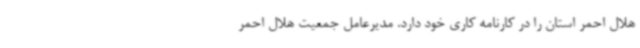
هلال احمر استان را در کارنامه کاری خود دارد. مدیرعامل جمعیت هلال احمر